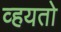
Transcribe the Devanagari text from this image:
व्हयतो